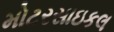
મોટરસાઇકલ